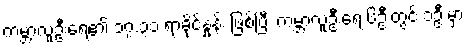
ကမ္ဘာ့လူဦးရေ၏ ၁၇.၃၁ ရာခိုင်နှုန်း ဖြစ်ပြီး ကမ္ဘာ့လူဦးရေ ၆ဦးတွင် ၁ဦးမှာ